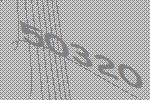
50320